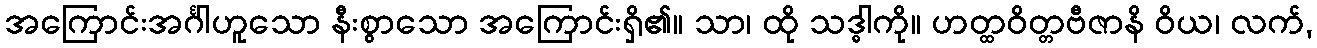
အကြောင်းအင်္ဂါဟူသော နီးစွာသော အကြောင်းရှိ၏။ သာ၊ ထို သဒ္ဓါကို။ ဟတ္ထဝိတ္တဗီဇာနိ ဝိယ၊ လက်,